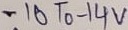
Text: -10 To -14V